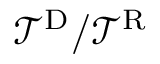
\mathcal { T } ^ { \mathrm { { D } } } / \mathcal { T } ^ { \mathrm { { R } } }